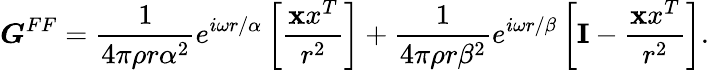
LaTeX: \boldsymbol{G}^{FF}=\frac{1}{4\pi\rho r\alpha^{2}}e^{i\omega r/\alpha}\left[\frac{{\mathbf xx^{T}}}{r^{2}}\right]+\frac{1}{4\pi\rho r\beta^{2}}e^{i\omega r/\beta}\left[{\mathbf I}-\frac{{\mathbf xx^{T}}}{r^{2}}\right].